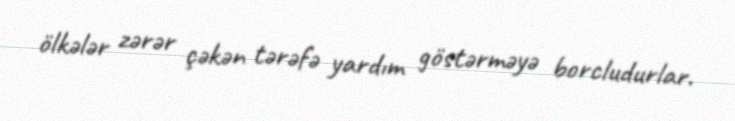
ölkələr zərər çəkən tərəfə yardım göstərməyə borcludurlar.